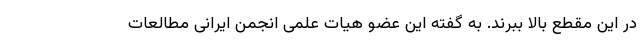
در این مقطع بالا ببرند. به گفته این عضو هیات علمی انجمن ایرانی مطالعات